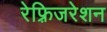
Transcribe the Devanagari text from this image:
रेफ़्रिजरेशन